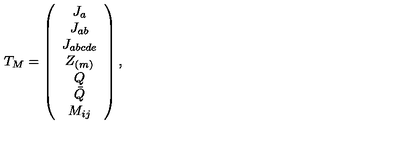
T _ { M } = \left( \begin{array} { c } { J _ { a } } \\ { J _ { a b } } \\ { J _ { a b c d e } } \\ { Z _ { ( m ) } } \\ { Q } \\ { \bar { Q } } \\ { M _ { i j } } \\ \end{array} \right) ,